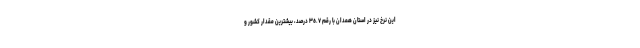
این نرخ نیز در استان همدان با رقم ٣٥.٧ درصد، بیشترین مقدار کشور و